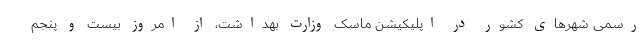
رسمی شهر‌های کشور در اپلیکیشن ماسک وزارت بهداشت، از امروز بیست و پنجم